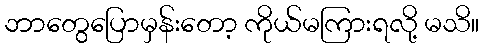
ဘာတွေပြောမှန်းတော့ ကိုယ်မကြားရလို့ မသိ။